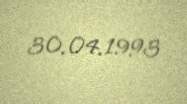
30.04.1993